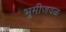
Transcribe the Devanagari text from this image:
भूमीजवळ